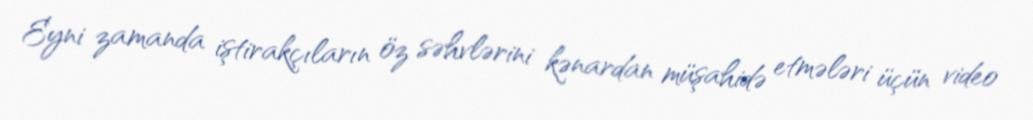
Eyni zamanda iştirakçıların öz səhvlərini kənardan müşahidə etmələri üçün video